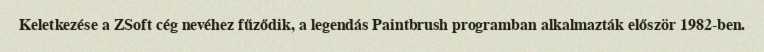
Keletkezése a ZSoft cég nevéhez fűződik, a legendás Paintbrush programban alkalmazták először 1982-ben.